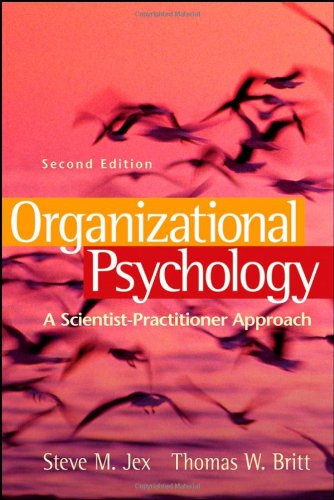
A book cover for Organizational Psychology: A Scientist-Practitioner Approach; Steve M. Jex; Medical Books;